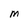
Character: M